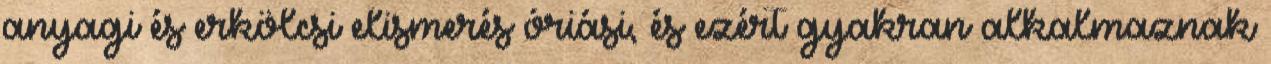
anyagi és erkölcsi elismerés óriási, és ezért gyakran alkalmaznak